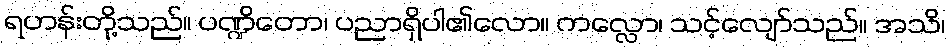
ရဟန်းတို့သည်။ ပဏ္ဍိတော၊ ပညာရှိပါ၏လော။ ကလ္လော၊ သင့်လျော်သည်။ အသိ၊